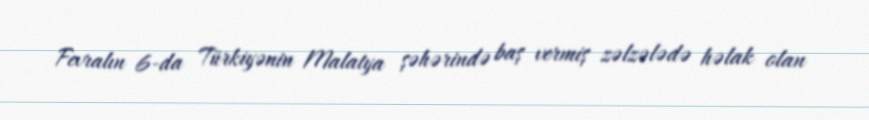
Fevralın 6-da Türkiyənin Malatya şəhərində baş vermiş zəlzələdə həlak olan